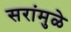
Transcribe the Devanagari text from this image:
सरांमुळे